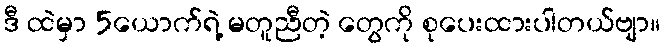
ဒီ ထဲမှာ 5ယောက်ရဲ့ မတူညီတဲ့ တွေကို စုပေးထားပါတယ်ဗျာ။